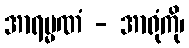
အာရမ္မဏံ - အာရုံကို၊